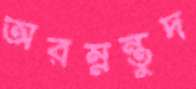
অরম্নন্তুদ